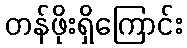
တန်ဖိုးရှိကြောင်း